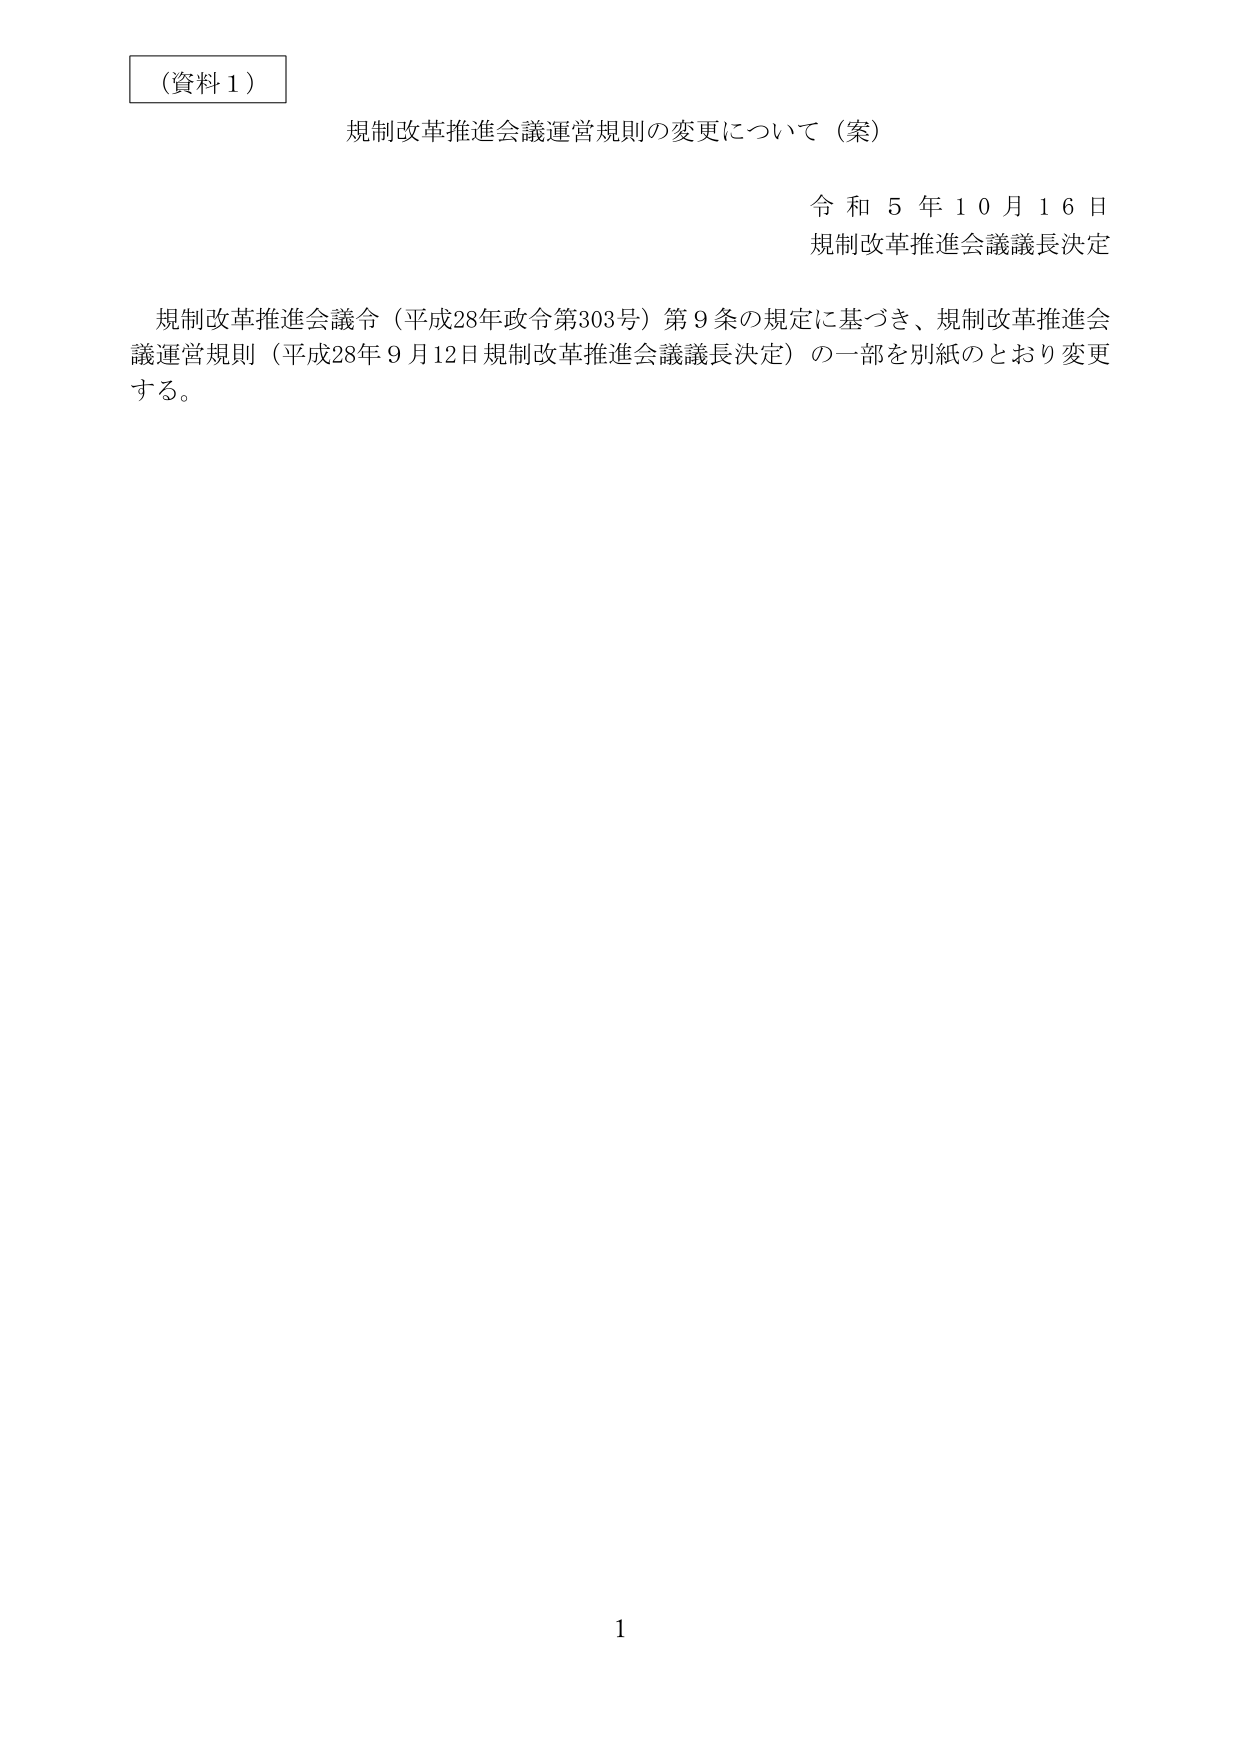
（資料１）

規制改革推進会議運営規則の変更について（案）

令和５年１０月１６日
規制改革推進会議議長決定

規制改革推進会議令（平成28年政令第303号）第９条の規定に基づき、規制改革推進会議運営規則（平成28年９月12日規制改革推進会議議長決定）の一部を別紙のとおり変更する。

1